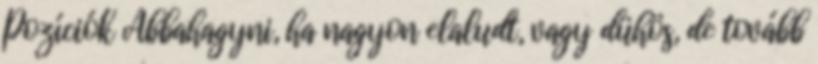
Pozíciók Abbahagyni, ha nagyon elaludt, vagy dühös, de tovább